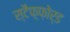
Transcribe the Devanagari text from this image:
स्टैफ़्फ़ोर्ड